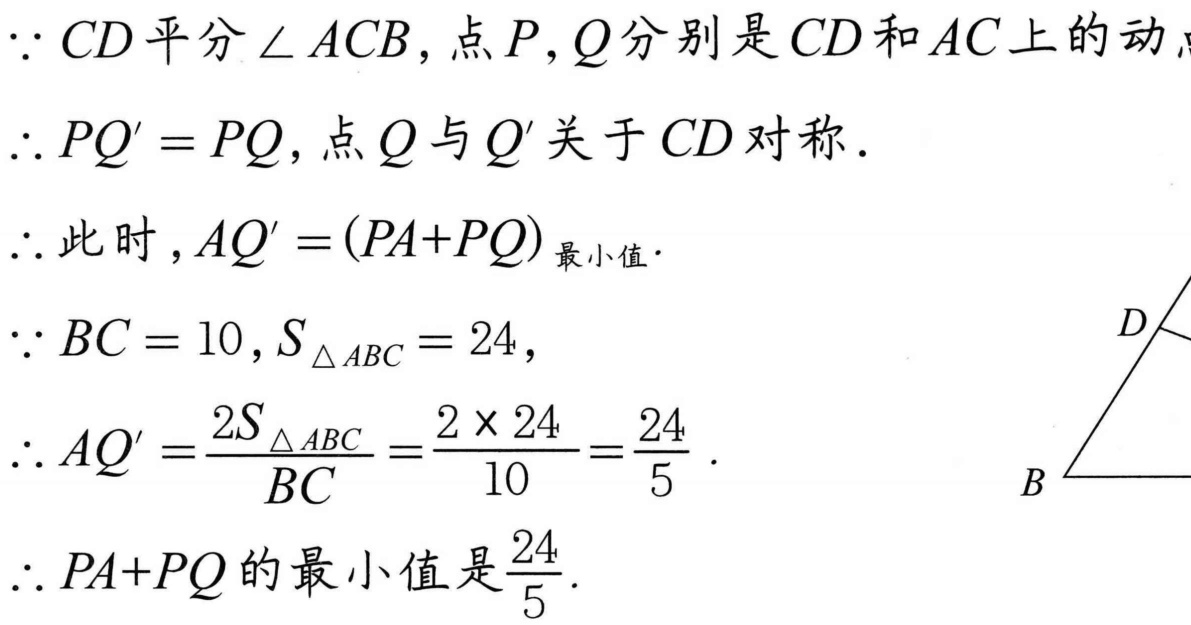
\(\because CD\)平分\(\angle ACB\)，点\(P,Q\)分别是\(CD\)和\(AC\)上的动点
\(\therefore PQ' = PQ\)，点\(Q\)与\(Q'\)关于\(CD\)对称.
\(\therefore\)此时，\(AQ'=(PA + PQ)_{\text{最小值}}\).
\(\because BC = 10,S_{\triangle ABC}=24\)，
\(\therefore AQ'=\frac{2S_{\triangle ABC}}{BC}=\frac{2\times24}{10}=\frac{24}{5}\).
\(\therefore PA + PQ\)的最小值是\(\frac{24}{5}\).